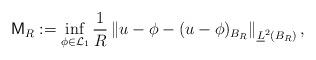
LaTeX: \begin{align*} \mathsf{M}_R := \inf_{\phi \in \mathcal{L}_1} \frac1R \left\| u - \phi - (u - \phi)_{B_R} \right\|_{\underline{L}^2(B_{R})}, \end{align*}